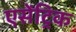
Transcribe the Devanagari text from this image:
एसेंट्रिक